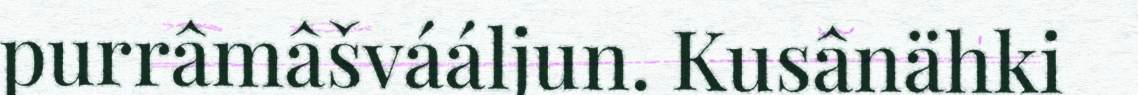
purrâmâšvááljun. Kusânähki